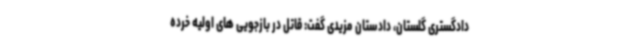
دادگستری گلستان، دادستان مزیدی گفت: قاتل در بازجویی های اولیه خرده